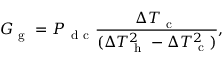
G _ { \mathrm { ~ g ~ } } = P _ { \mathrm { ~ d ~ c ~ } } \frac { \Delta T _ { \mathrm { ~ c ~ } } } { ( \Delta T _ { \mathrm { ~ h ~ } } ^ { 2 } - \Delta T _ { \mathrm { ~ c ~ } } ^ { 2 } ) } { , }